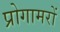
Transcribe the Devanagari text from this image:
प्रोगामरों